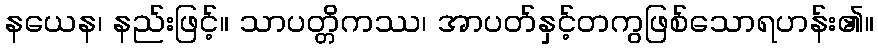
နယေန၊ နည်းဖြင့်။ သာပတ္တိကဿ၊ အာပတ်နှင့်တကွဖြစ်သောရဟန်း၏။